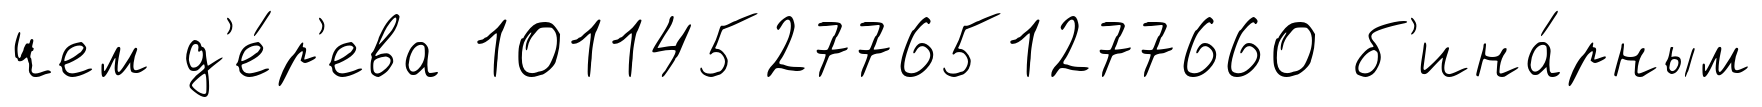
чем д'е́р'ева 101145277651277660 б'ина́рным